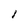
Character: l